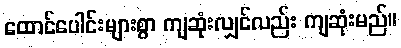
ထောင်ပေါင်းများစွာ ကျဆုံးလျှင်လည်း ကျဆုံးမည်။